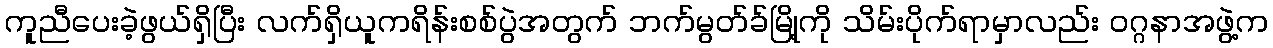
ကူညီပေးခဲ့ဖွယ်ရှိပြီး လက်ရှိယူကရိန်းစစ်ပွဲအတွက် ဘက်မွတ်ခ်မြို့ကို သိမ်းပိုက်ရာမှာလည်း ၀ဂ္ဂနာအဖွဲ့က